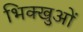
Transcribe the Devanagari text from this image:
भिक्खुओं